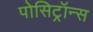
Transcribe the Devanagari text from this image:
पोसिट्रॉन्स